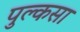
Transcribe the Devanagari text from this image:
पुल्कसा